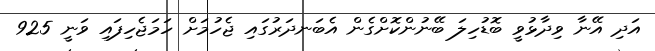
އަދި އޭނާ ވިދާޅުވީ ބޮޑުހިލަ ބޭނުންކޮށްގެން އެބަނދަރުގައި ޖެހުމަށް ހަމަޖެހިފައި ވަނީ 925